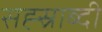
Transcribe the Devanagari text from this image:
सह्स्राब्दी